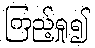
ကြည့်ရှု၍